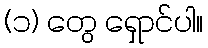
(၁) တွေ ရှောင်ပါ။